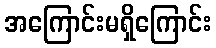
အကြောင်းမရှိကြောင်း